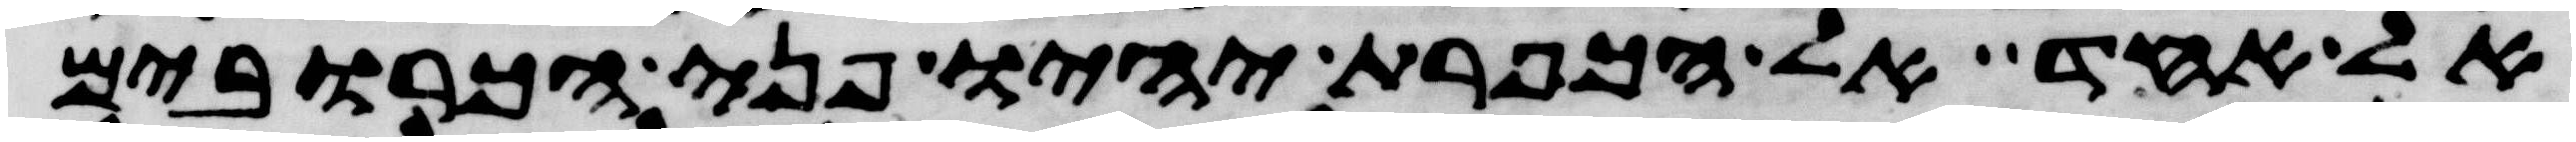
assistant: אל אחד אל הכפרת יהיו פני הכרובים